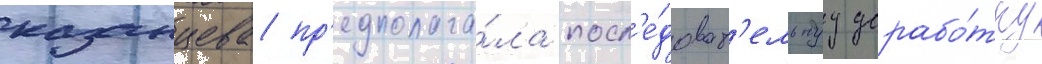
казанцева пр'едполага́ла посл'е́доват'ельнуу дорабо́тку